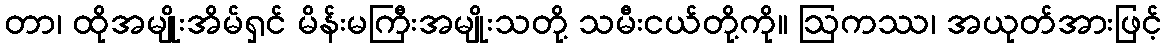
တာ၊ ထိုအမျိုးအိမ်ရှင် မိန်းမကြီးအမျိုးသတို့ သမီးငယ်တို့ကို။ ဩကဿ၊ အယုတ်အားဖြင့်